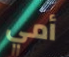
أمي